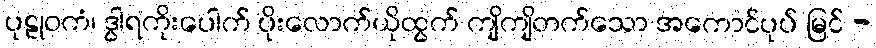
ပုဠုဝကံ၊ ဒွါရကိုးပေါက် ပိုးလောက်ယိုထွက် ကျိကျိတက်သော အကောင်ပုပ် မြင် -